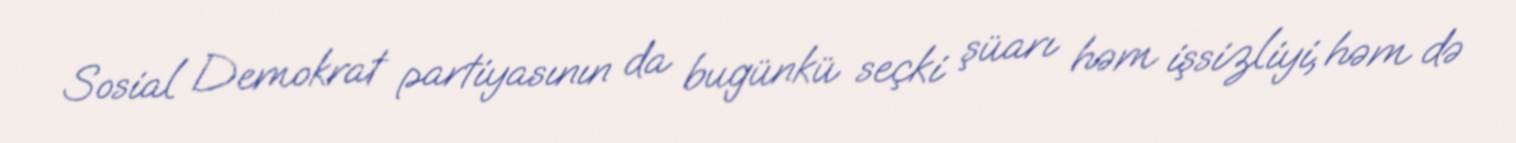
Sosial Demokrat partiyasının da bugünkü seçki şüarı həm işsizliyi, həm də